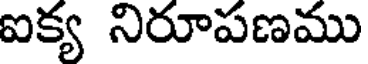
ఐక్య నిరూపణము